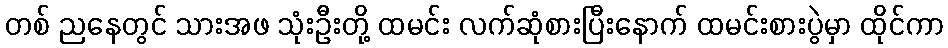
တစ် ညနေတွင် သားအဖ သုံးဦးတို့ ထမင်း လက်ဆုံစားပြီးနောက် ထမင်းစားပွဲမှာ ထိုင်ကာ